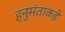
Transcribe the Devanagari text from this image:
हनुमंताकडे